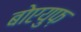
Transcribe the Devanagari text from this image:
बोएयुफ़